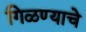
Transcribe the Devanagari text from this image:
गिळण्याचे